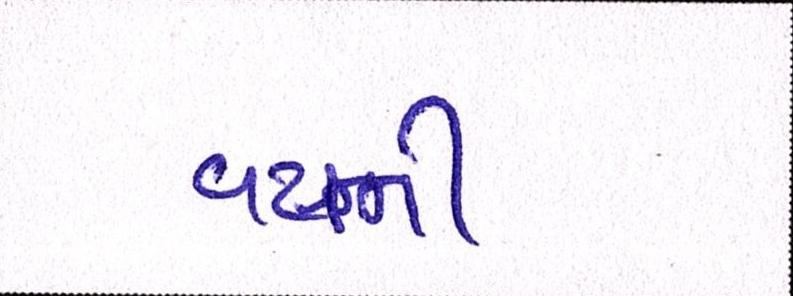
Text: વયની